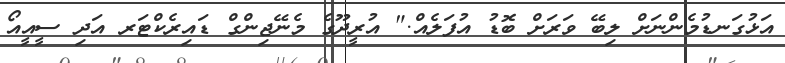
އަޅުގަނޑުމެންނަށް ލިބޭ ވަރަށް ބޮޑު އުފަލެއް." އުރީދޫގެ މެނޭޖިންގް ޑައިރެކްޓަރ އަދި ސީއީއޯ